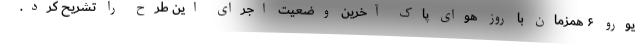
یورو ۶ همزمان با روز هوای پاک آخرین وضعیت اجرای این طرح را تشریح کرد.